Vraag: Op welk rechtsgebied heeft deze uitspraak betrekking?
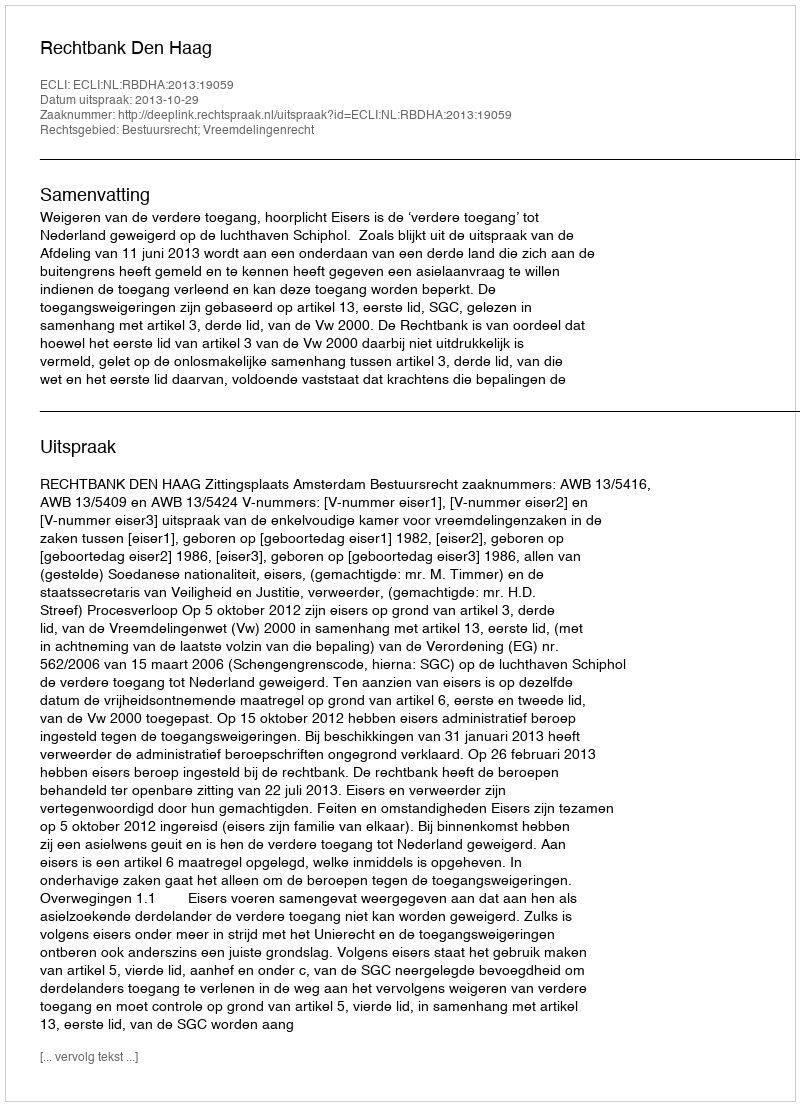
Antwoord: Bestuursrecht; Vreemdelingenrecht